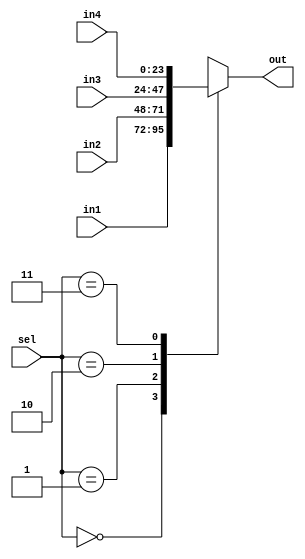
module mux_4_input #(parameter integer WORD_LENGTH = 24) (in1, in2, in3, in4, sel, out);
	input [1:0]sel;
	input[WORD_LENGTH-1:0] in1, in2, in3,in4;
	output reg [WORD_LENGTH-1:0] out;
	always @(*) begin
		case(sel)
		2'b00: out <= in1;
		2'b01: out <= in2;
		2'b10: out <= in3;
		2'b11: out <= in4;
		default: out <= out;
		endcase
	end
endmodule